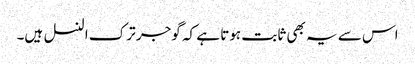
اس سے یہ بھی ثابت ہوتا ہے کہ گوجر ترک النسل ہیں۔